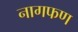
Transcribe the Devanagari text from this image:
नागफण